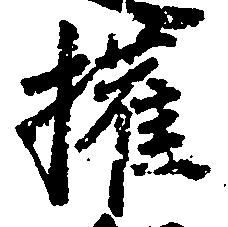
権